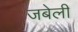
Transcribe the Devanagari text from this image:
जबेली